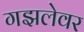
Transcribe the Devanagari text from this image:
गझलेवर